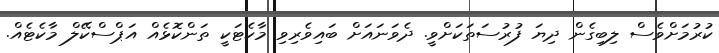
ކުރުމަށްވެސް ލިބިގެން ދިޔަ ފުރުސަތަކަށްވީ. ދެވަނައަށް ބައިވެރިވި މާކެޓަކީ ތަންކޮޅެއް އަޕްސްކޭލް މާކެޓެއް.